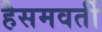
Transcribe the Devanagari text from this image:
हैसमवर्ती